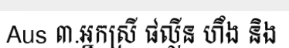
Aus ៣.អ្នកស្រី ផល្លីន ហឹង និង